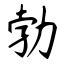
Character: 勃